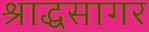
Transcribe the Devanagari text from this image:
श्राद्धसागर